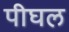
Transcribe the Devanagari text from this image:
पीघल